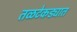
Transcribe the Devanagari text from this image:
तळटेकड्यात